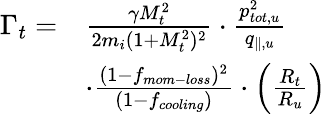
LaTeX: \begin{array}{rl}{\Gamma_{t}=}&{\frac{\gamma M_{t}^{2}}{2m_{i}(1+M_{t}^{2})^{2}}\cdot\frac{p_{tot,u}^{2}}{q_{\parallel,u}}}\\ &{\cdot\frac{(1-f_{mom-loss})^{2}}{(1-f_{cooling})}\cdot\left(\frac{R_{t}}{R_{u}}\right)}\end{array}